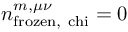
n _ { \mathrm { f r o z e n , \ c h i } } ^ { m , \mu \nu } = 0